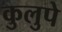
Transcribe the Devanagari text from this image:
कुलुपे